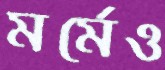
মর্মেও